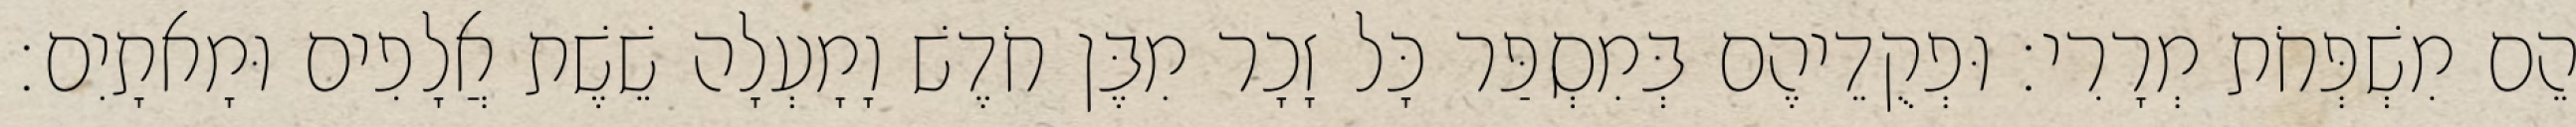
הֵם מִשְׁפְּחֹת מְרָרִי׃ וּפְקֻדֵיהֶם בְּמִסְפַּר כָּל זָכָר מִבֶּן חֹדֶשׁ וָמָעְלָה שֵׁשֶׁת אֲלָפִים וּמָאתָיִם׃